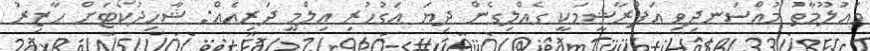
މައުލޫމާތު މުއްސަނދިވި އަފްރާޝީމަކީ ގެއްލިގެން ދިޔަ އަގުހުރި އިލްމީ ދަރިއެއް: ޝާހިދުކޯޓަށް ހާޒިރު